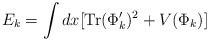
\begin{align*}E_k = \int dx [ {\rm Tr} (\Phi_k ')^2 + V(\Phi_k ) ]\end{align*}